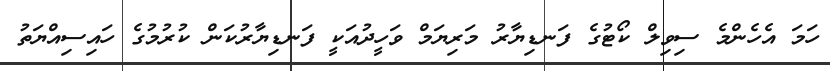
ހަމަ އެހެންމެ ސިވިލް ކޯޓުގެ ފަނޑިޔާރު މަރިޔަމް ވަހީދުއަކީ ފަނޑިޔާރުކަން ކުރުމުގެ ހައިސިއްޔަތު